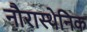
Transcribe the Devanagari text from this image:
नौरास्थेनिक